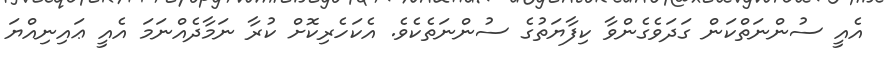
އެއީ ސުންނަތްކަން ގަދަވެގެންވާ ކިފާޔަތުގެ ސުންނަތެކެވެ. އެކަހެރިކޮށް ކުރާ ނަމާދެއްނަމަ އެއީ ޢައިނިއްޔަ